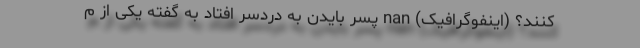
کنند؟ (اینفوگرافیک) nan پسر بایدن به دردسر افتاد به گفته یکی از م